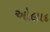
ઓલાદ